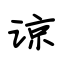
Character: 谅